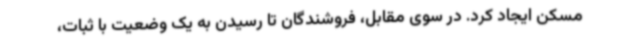
مسکن ایجاد کرد. در سوی مقابل، فروشندگان تا رسیدن به یک وضعیت با ثبات،